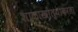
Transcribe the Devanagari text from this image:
शाळाखात्याकरता